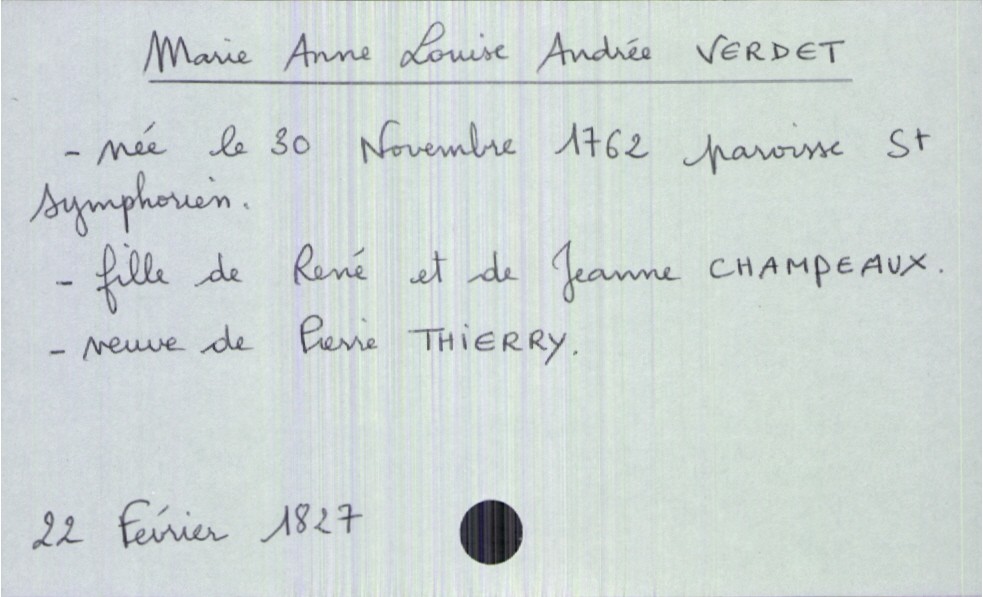
type_acte: Décès
année: 1827
mois: février
jour: 22
défunt_nom: Verdet
défunt_prénom: Marie Anne Louise Andrée
défunt_sexe: F
défunt_date_de_naissance: 30 novembre 1762
défunt_lieu_de_naissance: paroisse Saint Symphorien
défunt_statut: veuf(ve)
père_défunt_nom: Verdet
père_défunt_prénom: René
mère_défunt_nom: Champeaux
mère_défunt_prénom: Jeanne